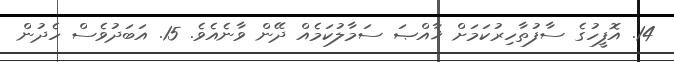
14. އޮފީހުގެ ސާފުތާހިރުކަމަށް ޚާއްޞަ ސަމާލުކަމެއް ދޭން ވާނެއެވެ. 15. އަބަދުވެސް ހެދުން